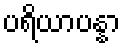
ပရိယာပန္နာ